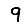
Digit: 9